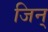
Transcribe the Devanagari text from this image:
जिन्